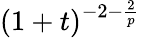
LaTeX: (1+t)^{-2-\frac{2}{p}}